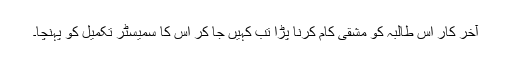
آخر کار اس طالبہ کو مشقی کام کرنا پڑا تب کہیں جا کر اس کا سمیسٹر تکمیل کو پہنچا۔